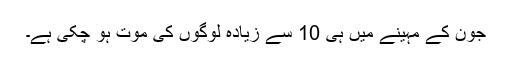
جون کے مہینے میں ہی 10 سے زیادہ لوگوں کی موت ہو چکی ہے۔